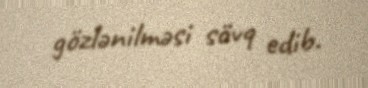
gözlənilməsi sövq edib.